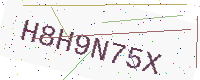
Text: H8H9N75X